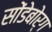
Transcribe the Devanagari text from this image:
सोंडेबोर्ग